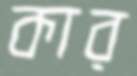
কার